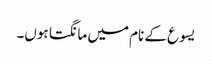
یسوع کے نام میں مانگتا ہوں۔